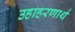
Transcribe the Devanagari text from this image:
उहाहरणार्थ